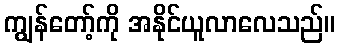
ကျွန်တော့်ကို အနိုင်ယူလာလေသည်။